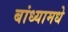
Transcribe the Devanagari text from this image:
बांध्यामधे